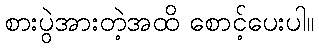
စားပွဲအားတဲ့အထိ စောင့်ပေးပါ။